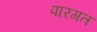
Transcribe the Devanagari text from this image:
पारगत